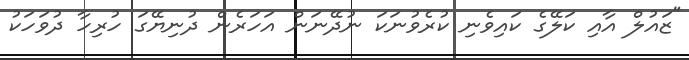
"ޒައުލް އާއި ކަލޭގެ ކައިވެނި ކުރެވުނަކަ ނުދޭނަން އަހަރެން ދުނިޔޭގަ ހުރިހާ ދުވަހަކު